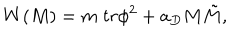
W ( M ) = m \; t r \phi ^ { 2 } + a _ { D } M \tilde { M } ,